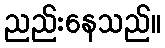
ညည်းနေသည်။